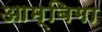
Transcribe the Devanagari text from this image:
आम्बिगा